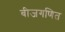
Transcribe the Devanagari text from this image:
बीजगणित